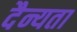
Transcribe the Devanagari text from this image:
दैन्यता